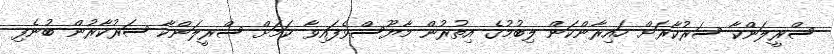
ސްރީލަންކާ ސަރުކާރަށް ހައިރާންކަން ލިބުމުގެ އިތުރުން މާޔޫސްވެފައިވާ ކަމަށް ސްރީލަންކާ ސަރުކާރުން ބުނެފި